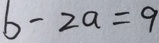
b - 2 a = 9